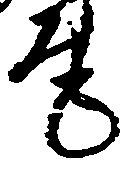
尾